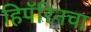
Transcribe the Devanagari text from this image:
हिपॅरिनचा